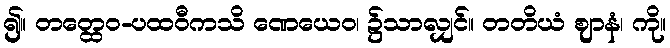
၍။ တတ္ထေဝ-ပထဝီကသိ ဏေယေဝ၊ ၌သာလျှင်။ တတိယံ ဈာနံ၊ ကို။